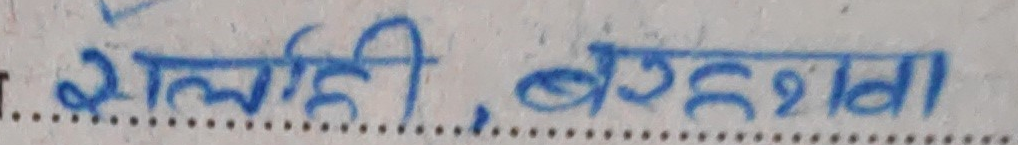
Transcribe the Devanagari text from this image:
शालीही, बर्हडवा